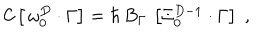
{ \cal C } \left[ \, \omega _ { 0 } ^ { D } \cdot \Gamma \right] = \hbar \, B _ { \Gamma } \, \left[ \Xi _ { 0 } ^ { D - 1 } \cdot \Gamma \right] \; ,